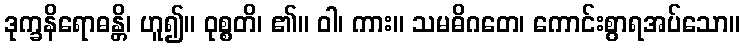
ဒုက္ခနိရောဓန္တိ၊ ဟူ၍။ ဝုစ္စတိ၊ ၏။ ဝါ၊ ကား။ သမဓိဂတေ၊ ကောင်းစွာရအပ်သော။